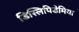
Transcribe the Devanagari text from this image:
डिस्लिपिडेमिया